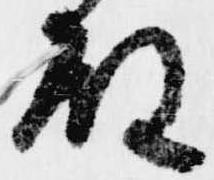
殿